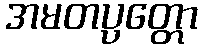
အမတပ္ပတ္တော